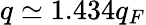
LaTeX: q\simeq 1.434q_{F}